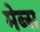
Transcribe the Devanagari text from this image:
मेब्स